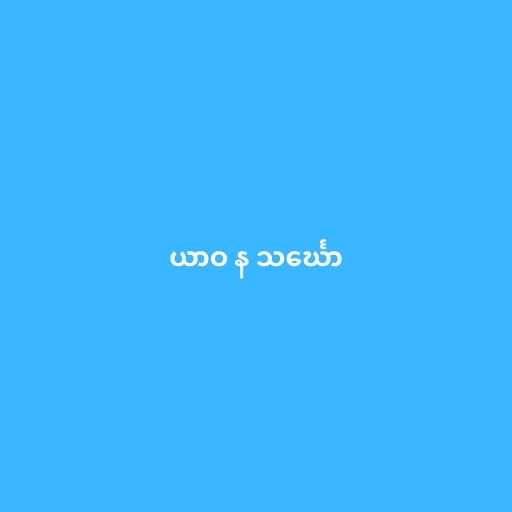
ယာဝ န သင်္ဃော